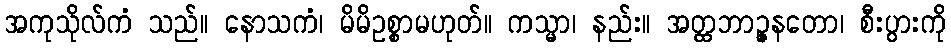
အကုသိုလ်ကံ သည်။ နောသကံ၊ မိမိဥစ္စာမဟုတ်။ ကသ္မာ၊ နည်း။ အတ္ထဘာဉ္ဇနတော၊ စီးပွားကို